Civil Veterinary Department. United Provinces 1932-42 - 1932-1942
Year: 1932
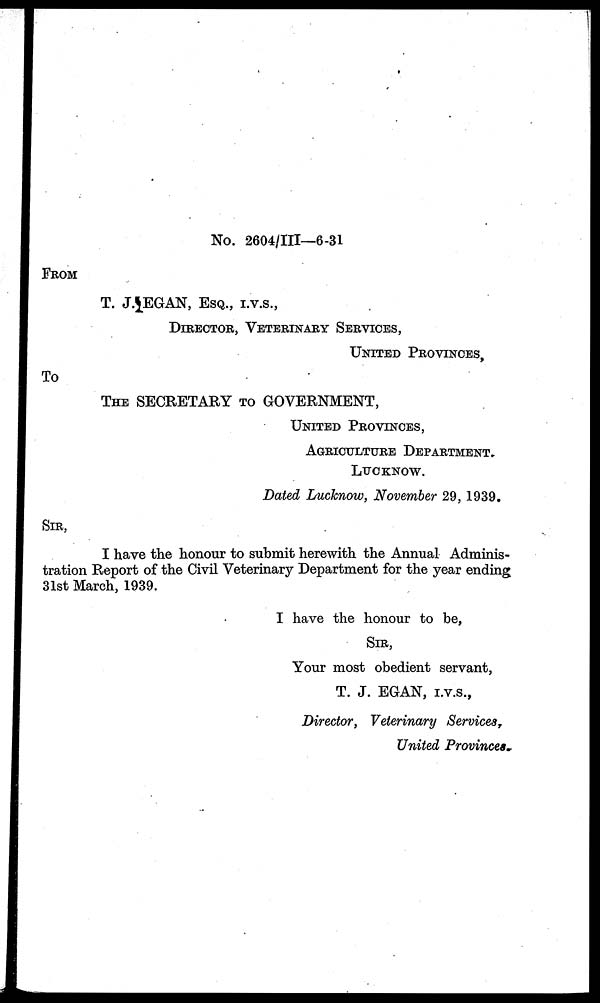
No. 2604/III—6-31
FROM
T. J. EGAN, ESQ., I.V.S.,
DIRECTOR, VETERINARY SERVICES,
UNITED PROVINCES,
To
THE SECRETARY TO GOVERNMENT,
UNITED PROVINCES,
AGRICULTURE DEPARTMENT.
LUCKNOW.
Dated Luchnow, November 29, 1939.
SIR,
I have the honour to submit herewith the Annual Adminis-
tration Report of the Civil Veterinary Department for the year ending
31st March, 1939.
I have the honour to be,
Sir,
Your most obedient servant,
T. J. EGAN, I.V.S.,
Director, Veterinary Services,
United Provinces.